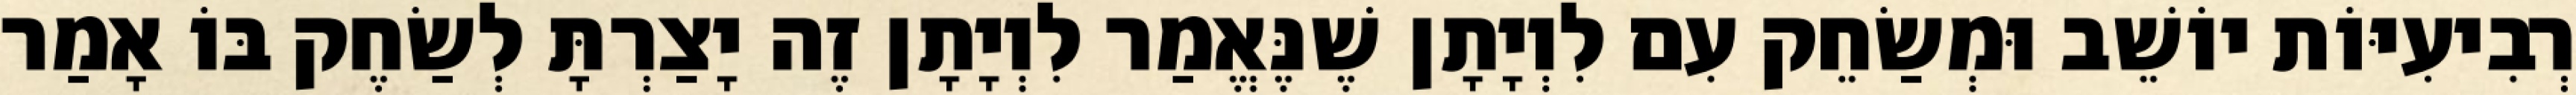
רְבִיעִיּוֹת יוֹשֵׁב וּמְשַׂחֵק עִם לִוְיָתָן שֶׁנֶּאֱמַר לִוְיָתָן זֶה יָצַרְתָּ לְשַׂחֶק בּוֹ אָמַר